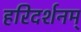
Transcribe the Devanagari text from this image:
हरिदर्शनम्